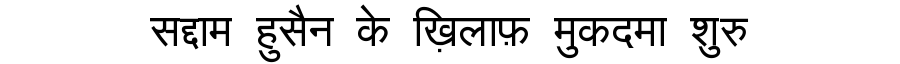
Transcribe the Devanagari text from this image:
सद्दाम हुसैन के ख़िलाफ़ मुकदमा शुरु